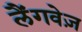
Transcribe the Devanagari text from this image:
लैंगवेज़